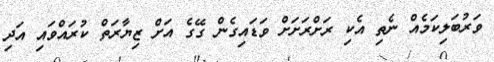
ވަރުބަލިކަމެއް ނެތި އެކި ރަށްރަށަށް ވަޑައިގެން ގޭގެ އަށް ޒިޔާރަތް ކުރައްވައި އަދި